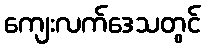
ကျေးလက်ဒေသတွင်